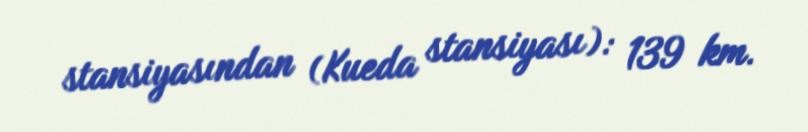
stansiyasından (Kueda stansiyası): 139 km.